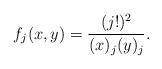
LaTeX: \begin{align*}f_j(x,y) = \frac{(j!)^2}{(x)_j (y)_j}.\end{align*}